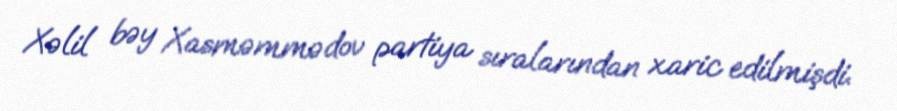
Xəlil bəy Xasməmmədov partiya sıralarından xaric edilmişdi.